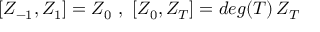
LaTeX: [ Z _ { - 1 } , Z _ { 1 } ] = Z _ { 0 } \ , \ [ Z _ { 0 } , Z _ { T } ] = d e g ( T ) \, Z _ { T } \,